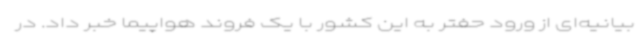
بیانیه‌ای از ورود حفتر به این کشور با یک فروند هواپیما خبر داد. در